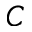
C